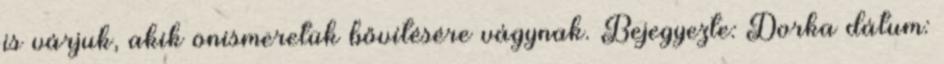
is várjuk, akik önismeretük bővítésére vágynak. Bejegyezte: Dorka dátum: